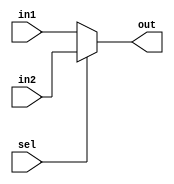
module mux
    #(parameter SIZE=32)
    (
    input [SIZE-1:0] in1, 
    input [SIZE-1:0] in2, 
    input sel,
    output [SIZE-1:0] out
    ); 

    assign out = (sel==0) ? in1:in2; 

endmodule